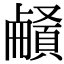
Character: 𩔒